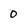
Character: 0